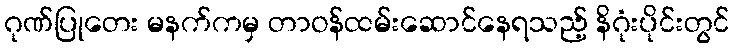
ဂုဏ်ပြုတေး မနက်ကမှ တာဝန်ထမ်းဆောင်နေရသည့် နိဂုံးပိုင်းတွင်